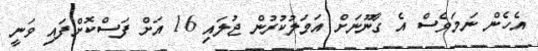
އެހެން ނަމަވެސް އެ ގާނޫނަށް އަމަލުކުރުން ޖުލައި 16 އަށް ފަސްކޮށްފައި ވަނީ